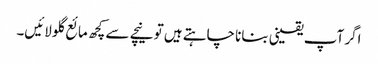
اگر آپ یقینی بنانا چاہتے ہیں تو نیچے سے کچھ مائع گلو لائیں۔